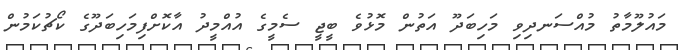
މައުލޫމާތު މުއްސަނދިވި މަހިބަދޫ އަތުން މޮޅުވެ ބީޖީ ސެމީގެ އުއްމީދު އާކޮށްފިމަހިބަދޫގެ ކޯޗުކަމުން